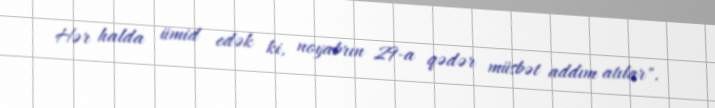
Hər halda ümid edək ki, noyabrın 29-a qədər müsbət addım atılar".